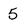
Character: 5